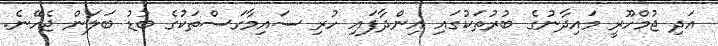
އަދި ޖުމްހޫރީ މައިދާނުގެ ބުރުތަކުގައި އިންދާފައި ހުރި ސައިމާގަސްތަކުގެ ބުޑު ބަލަން ޖެހޭނެ.